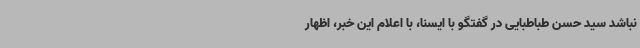
نباشد سید حسن طباطبایی در گفتگو با ایسنا، با اعلام این خبر، اظهار